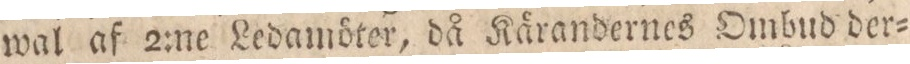
wal af 2:ne Ledamöter, då Kärandernes Ombud der=